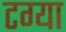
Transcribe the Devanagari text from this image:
टग्या